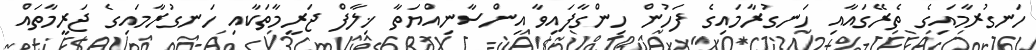
ހަނގުރާމައިގެ ތެރޭގައާއި ހަނގުރާމައިގެ ފަހުން ހިންގާފައިވާ އިންސާނިއްޔަތާ ޚިލާފް ޖަރީމާތަކާއި ހަނގުރާމައިގެ ޖަރީމާތައް